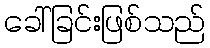
ခေါ်ခြင်းဖြစ်သည်